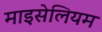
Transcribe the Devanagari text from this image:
माइसेलियम